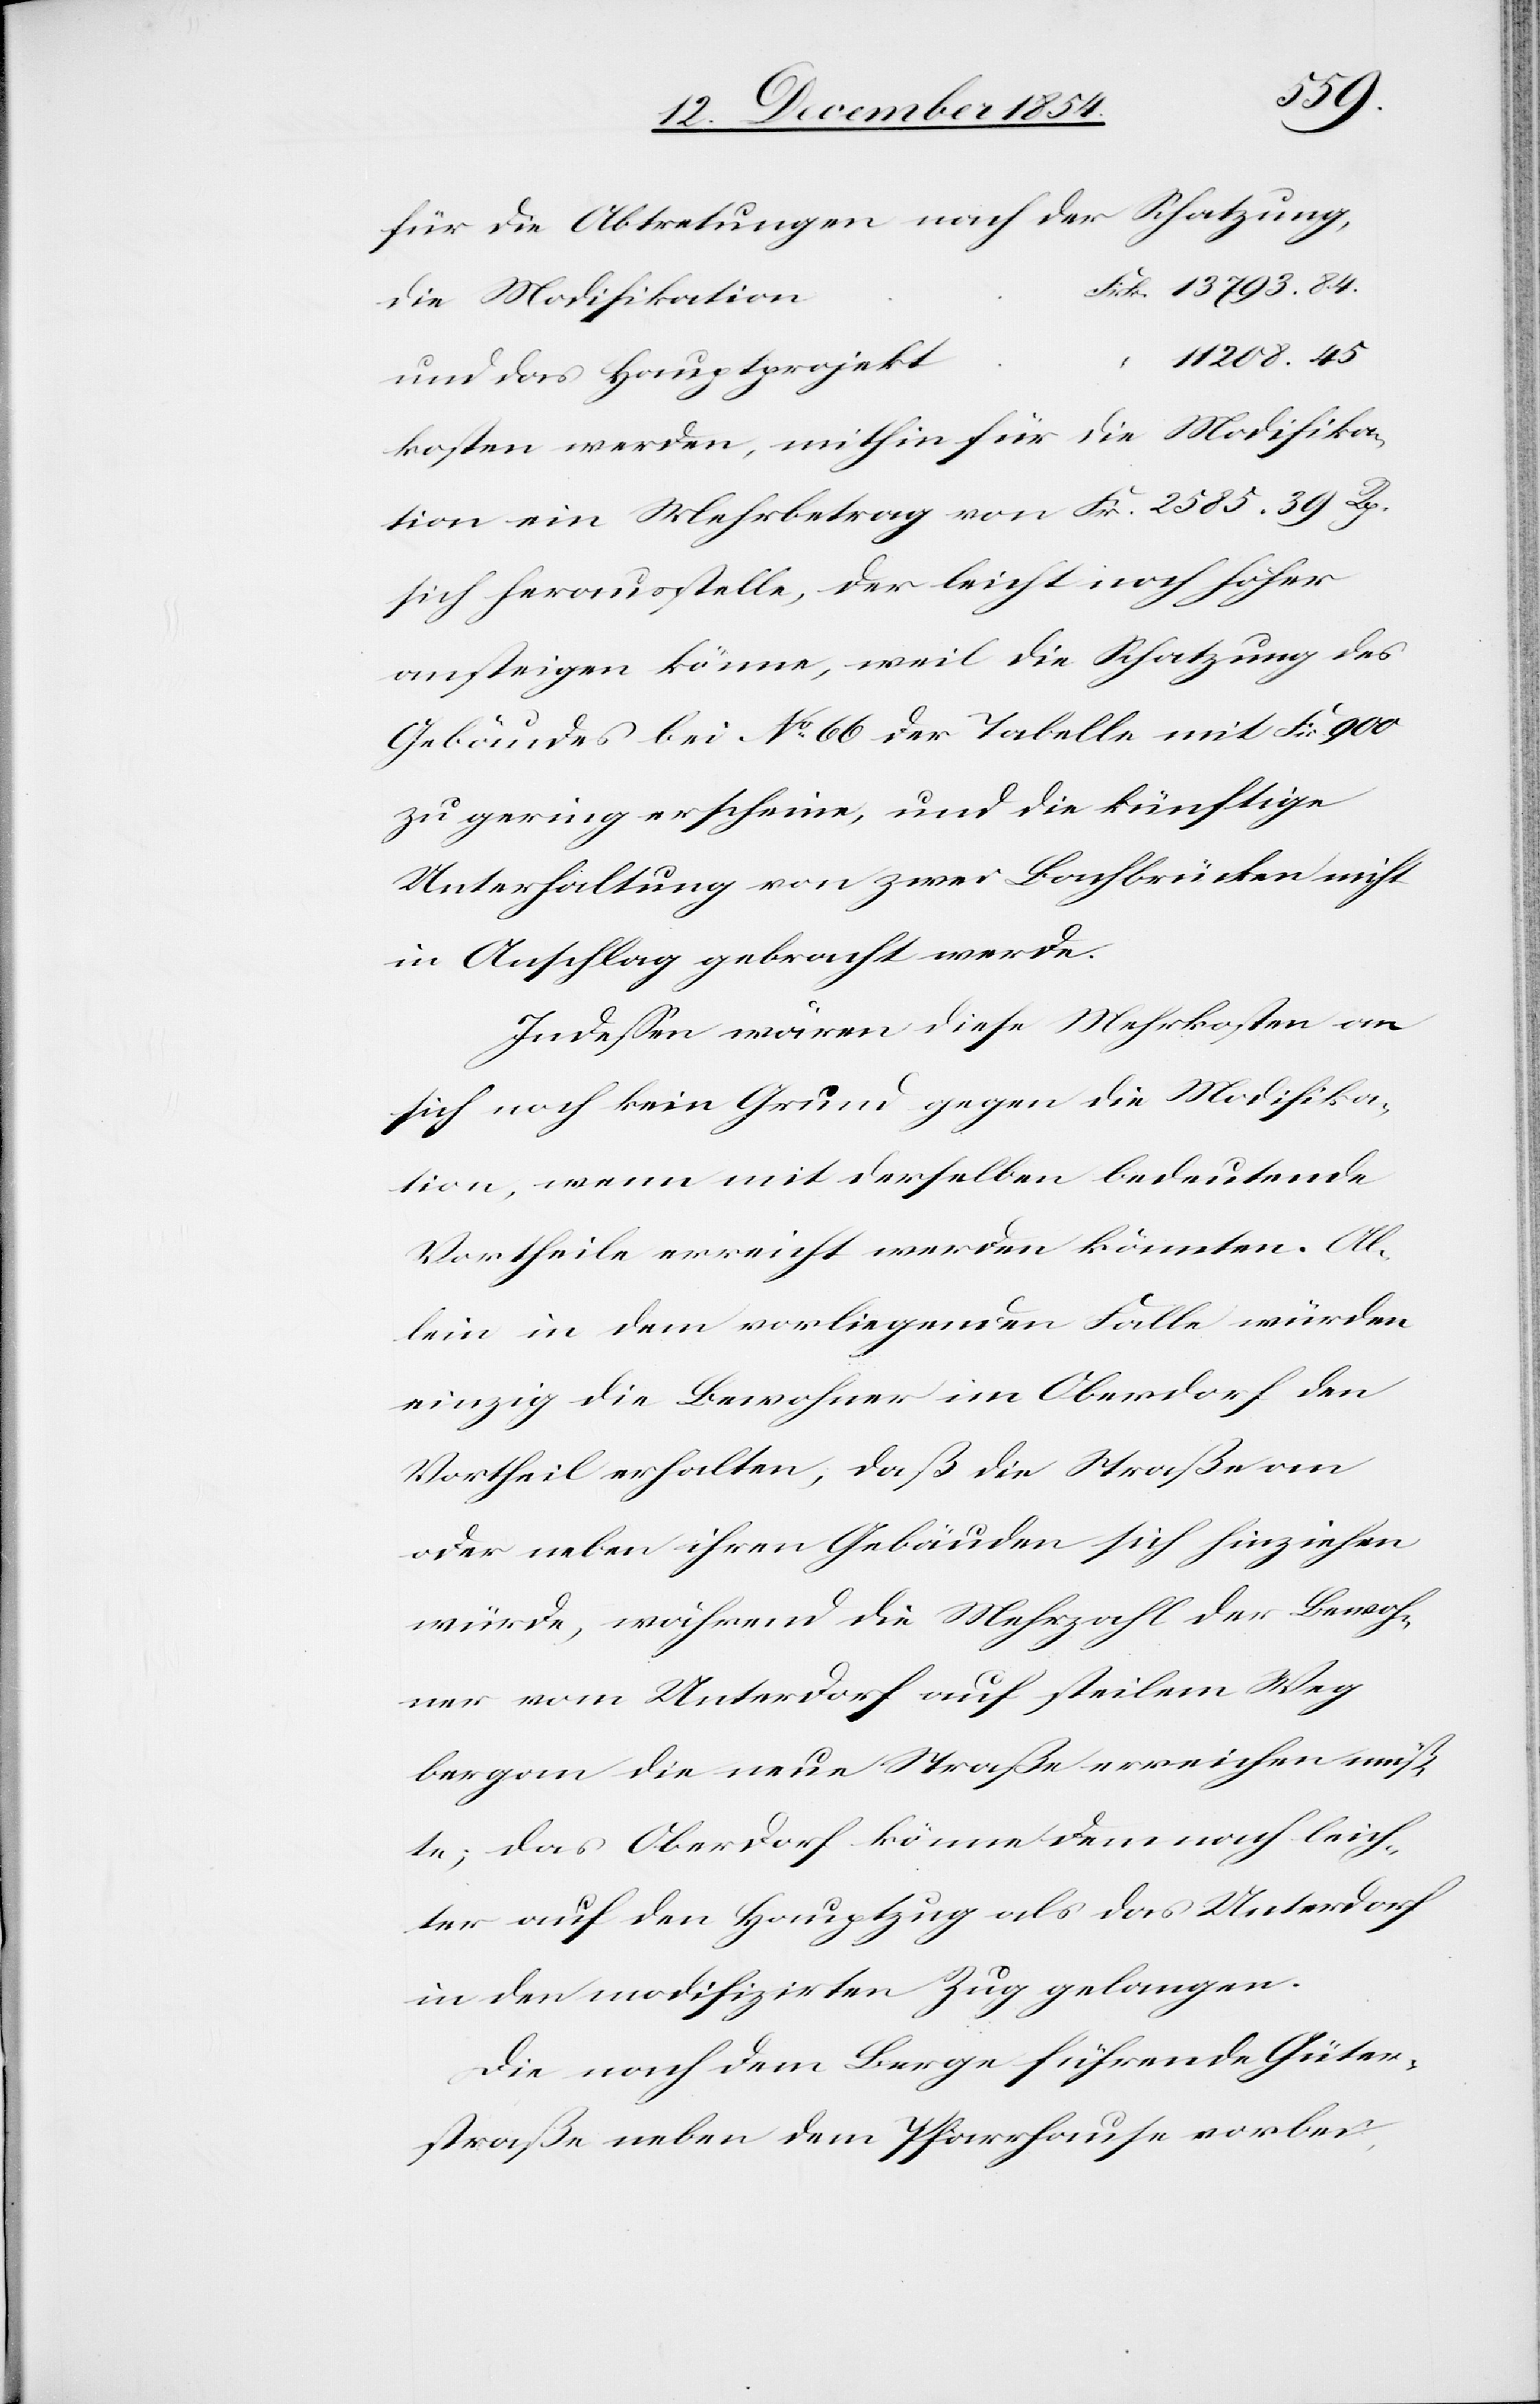
84.
für die Abtretungen nach der Schatzung
die Modifikation
11 208. 45
und das Hauptprojekt
kosten werden, mithin für die Modifika¬
tion ein Mehrbetrag von Fr. 2585. 39 Rp.
sich herausstelle, der leicht noch höher
ansteigen könne, weil die Schatzung des
Gebäudes bei No 66 der Tabelle mit Fr. 900
zu gering erscheine, und die künftige
Unterhaltung von zwei Bachbrücken nicht
in Anschlag gebracht werde.
Indeßen wären diese Mehrkosten an
sich noch kein Grund gegen die Modifika¬
tion, wenn mit derselben bedeutende
Vortheile erreicht werden könnten. Al¬
lein in dem vorliegenden Falle würden
einzig die Bewohner im Oberdorf den
Vortheil erhalten, daß die Straße an
oder neben ihren Gebäuden sich hinziehen
würde, während die Mehrzahl der Bewoh¬
ner vom Unterdorf auf steilem Weg
bergan die neue Straße erreichen müß¬
te; das Oberdorf könne demnach leich¬
ter auf den Hauptzug als das Unterdorf
in den modifizirten Zug gelangen.
Die nach dem Berge führende Güter¬
straße neben dem Pfarrhause vorbei,